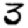
Digit: 3